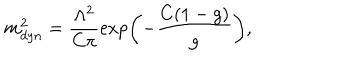
LaTeX: m _ { d y n } ^ { 2 } = \frac { \Lambda ^ { 2 } } { C \pi } \exp \left( - \frac { C ( 1 - g ) } { g } \right) ,